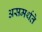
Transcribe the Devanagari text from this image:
असमर्थते